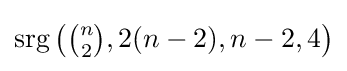
{\textstyle \operatorname {srg} \left({\binom {n}{2}},2(n-2),n-2,4\right)}